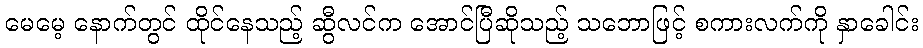
မေမေ့ နောက်တွင် ထိုင်နေသည့် ဆွီလင်က အောင်ပြီဆိုသည့် သဘောဖြင့် စကားလက်ကို နှာခေါင်း